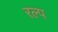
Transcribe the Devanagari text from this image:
रल्प